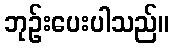
ဘုဉ်းပေးပါသည်။